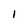
Character: I